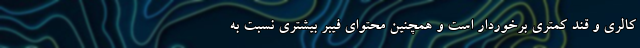
کالری و قند کمتری برخوردار است و همچنین محتوای فیبر بیشتری نسبت به